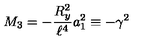
M _ { 3 } = - { \frac { R _ { y } ^ { 2 } } { \ell ^ { 4 } } } a _ { 1 } ^ { 2 } \equiv - \gamma ^ { 2 }